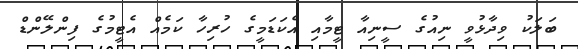
ބަލަކު ވިދާޅުވީ ނިއުގެ ސީނިއާ ޓީމާއި އެކަޑަމީގެ ހުރިހާ ކަމެއް އެޓީމުގެ ފިންލޭންޑް